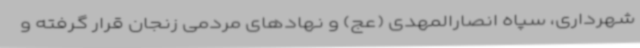
شهرداری، سپاه انصارالمهدی (عج) و نهادهای مردمی زنجان قرار گرفته و